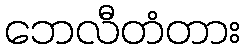
ဘေလီတံတား